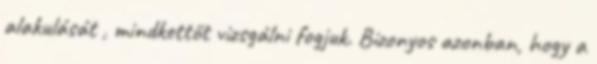
alakulását , mindkettőt vizsgálni fogjuk. Bizonyos azonban, hogy a